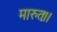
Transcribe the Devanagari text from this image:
मारुतः।।